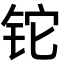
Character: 铊